Source: Computer-generated
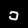
Digit: ၁ (1)